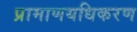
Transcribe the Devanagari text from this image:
प्रामाणयधिकरण